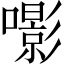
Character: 𡂵